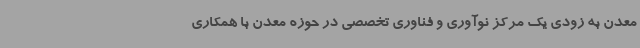
معدن به زودی یک مرکز نوآوری و فناوری تخصصی در حوزه معدن با همکاری